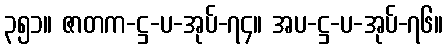
၃၅၁။ ဇာတက-ဋ္ဌ-ပ-အုပ်-၇၄။ အပ-ဋ္ဌ-ပ-အုပ်-၇၆။